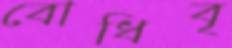
বোধিবৃ